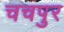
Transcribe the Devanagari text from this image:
चचपुर